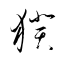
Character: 猤